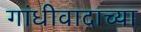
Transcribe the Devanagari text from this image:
गांधीवादाच्या